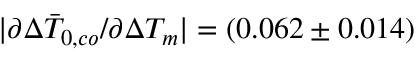
| \partial \Delta \bar { T } _ { 0 , c o } / \partial \Delta T _ { m } | = ( 0 . 0 6 2 \pm 0 . 0 1 4 )